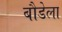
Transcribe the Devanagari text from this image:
बौडेला